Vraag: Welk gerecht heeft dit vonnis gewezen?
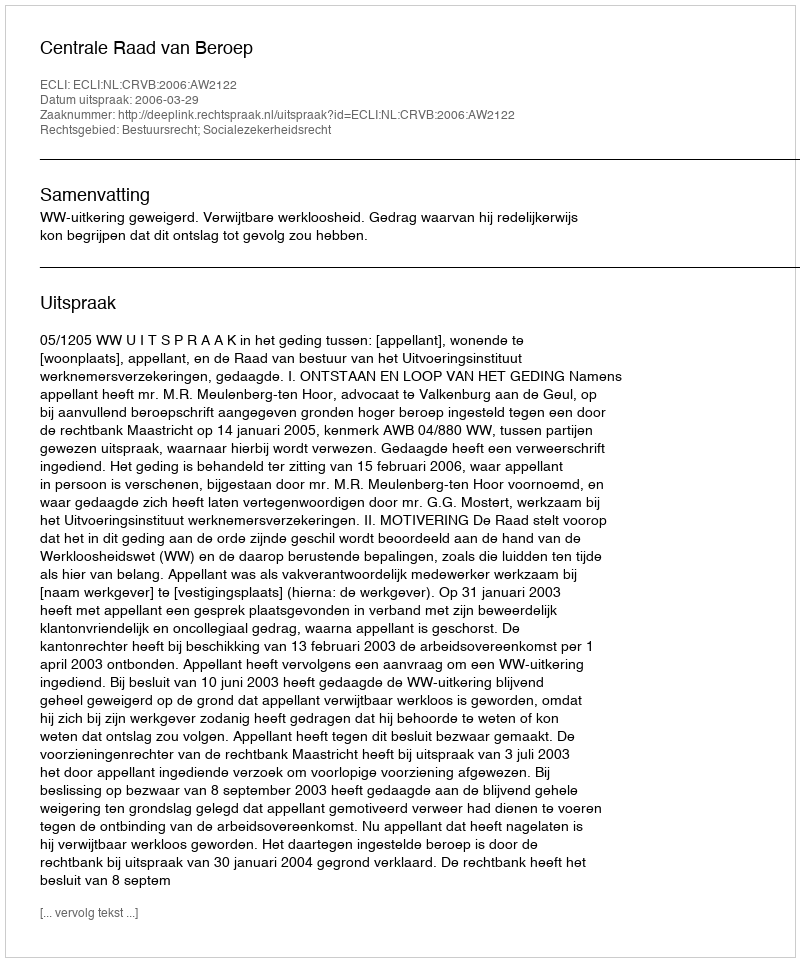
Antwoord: Centrale Raad van Beroep